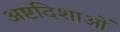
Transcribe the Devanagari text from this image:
अष्टदिशाओं